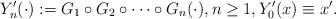
LaTeX: \begin{align*}Y'_n(\cdot) := G_1 \circ G_2 \circ \cdots \circ G_n (\cdot), n \ge 1, Y'_0(x) \equiv x'.\end{align*}